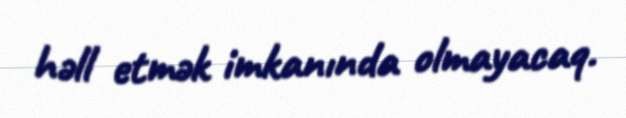
həll etmək imkanında olmayacaq.